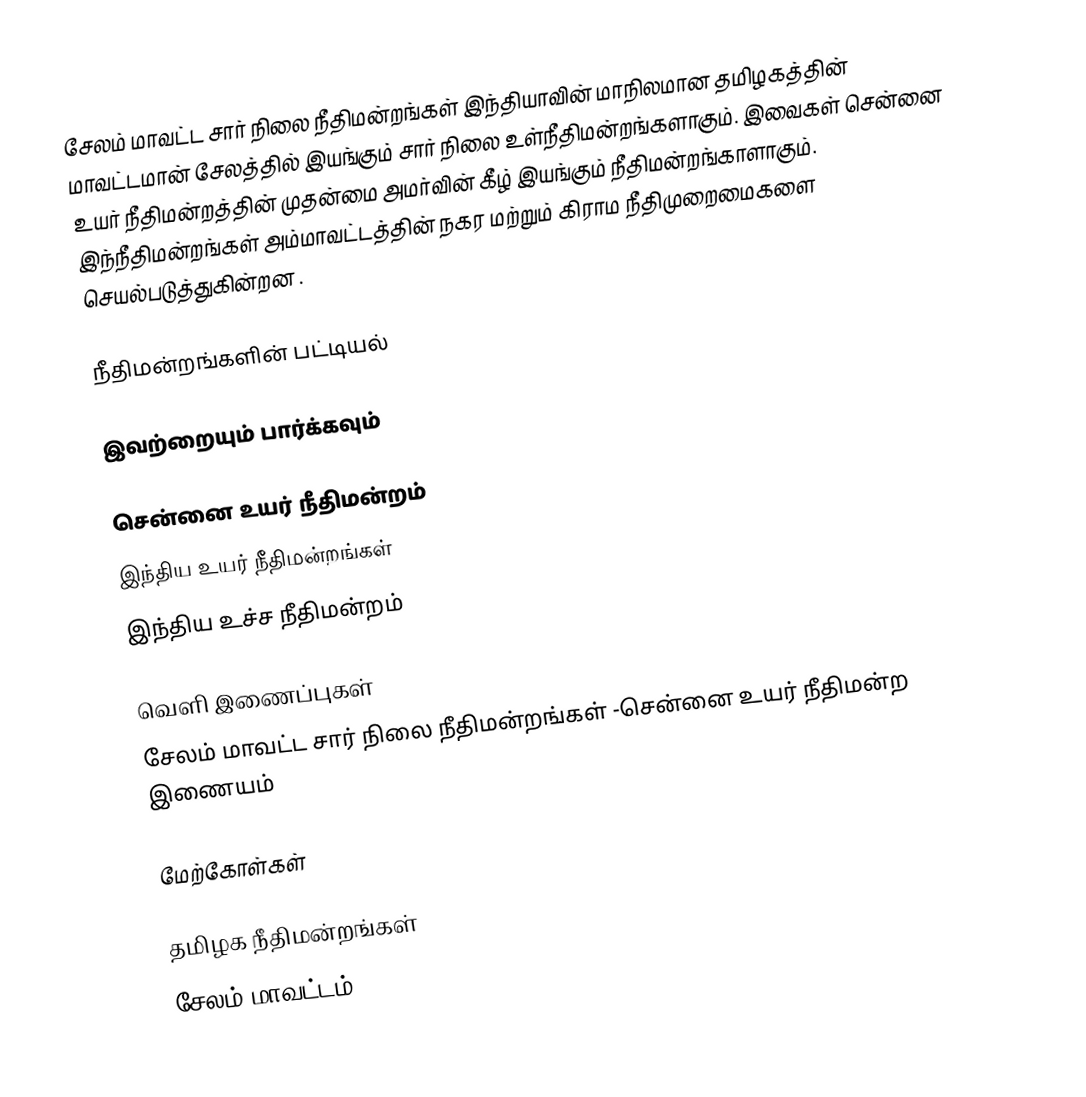
சேலம் மாவட்ட சார் நிலை நீதிமன்றங்கள் இந்தியாவின் மாநிலமான தமிழகத்தின்  மாவட்டமான் சேலத்தில் இயங்கும் சார் நிலை உள்நீதிமன்றங்களாகும். இவைகள் சென்னை உயர் நீதிமன்றத்தின் முதன்மை அமர்வின் கீழ் இயங்கும் நீதிமன்றங்காளாகும். இந்நீதிமன்றங்கள் அம்மாவட்டத்தின் நகர மற்றும் கிராம நீதிமுறைமைகளை செயல்படுத்துகின்றன .

நீதிமன்றங்களின் பட்டியல்

இவற்றையும் பார்க்கவும்

சென்னை உயர் நீதிமன்றம்
இந்திய உயர் நீதிமன்றங்கள்
இந்திய உச்ச நீதிமன்றம்

வெளி இணைப்புகள்
சேலம் மாவட்ட சார் நிலை நீதிமன்றங்கள் -சென்னை உயர் நீதிமன்ற இணையம்

மேற்கோள்கள்

தமிழக நீதிமன்றங்கள்
சேலம் மாவட்டம்